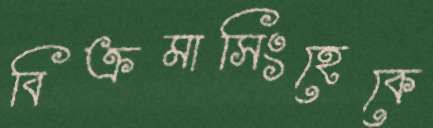
বিক্রমাসিংহেকে